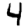
Digit: 4